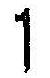
1